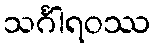
သင်္ဂါရဝဿ